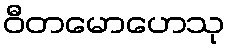
ဝီတမောဟေသု